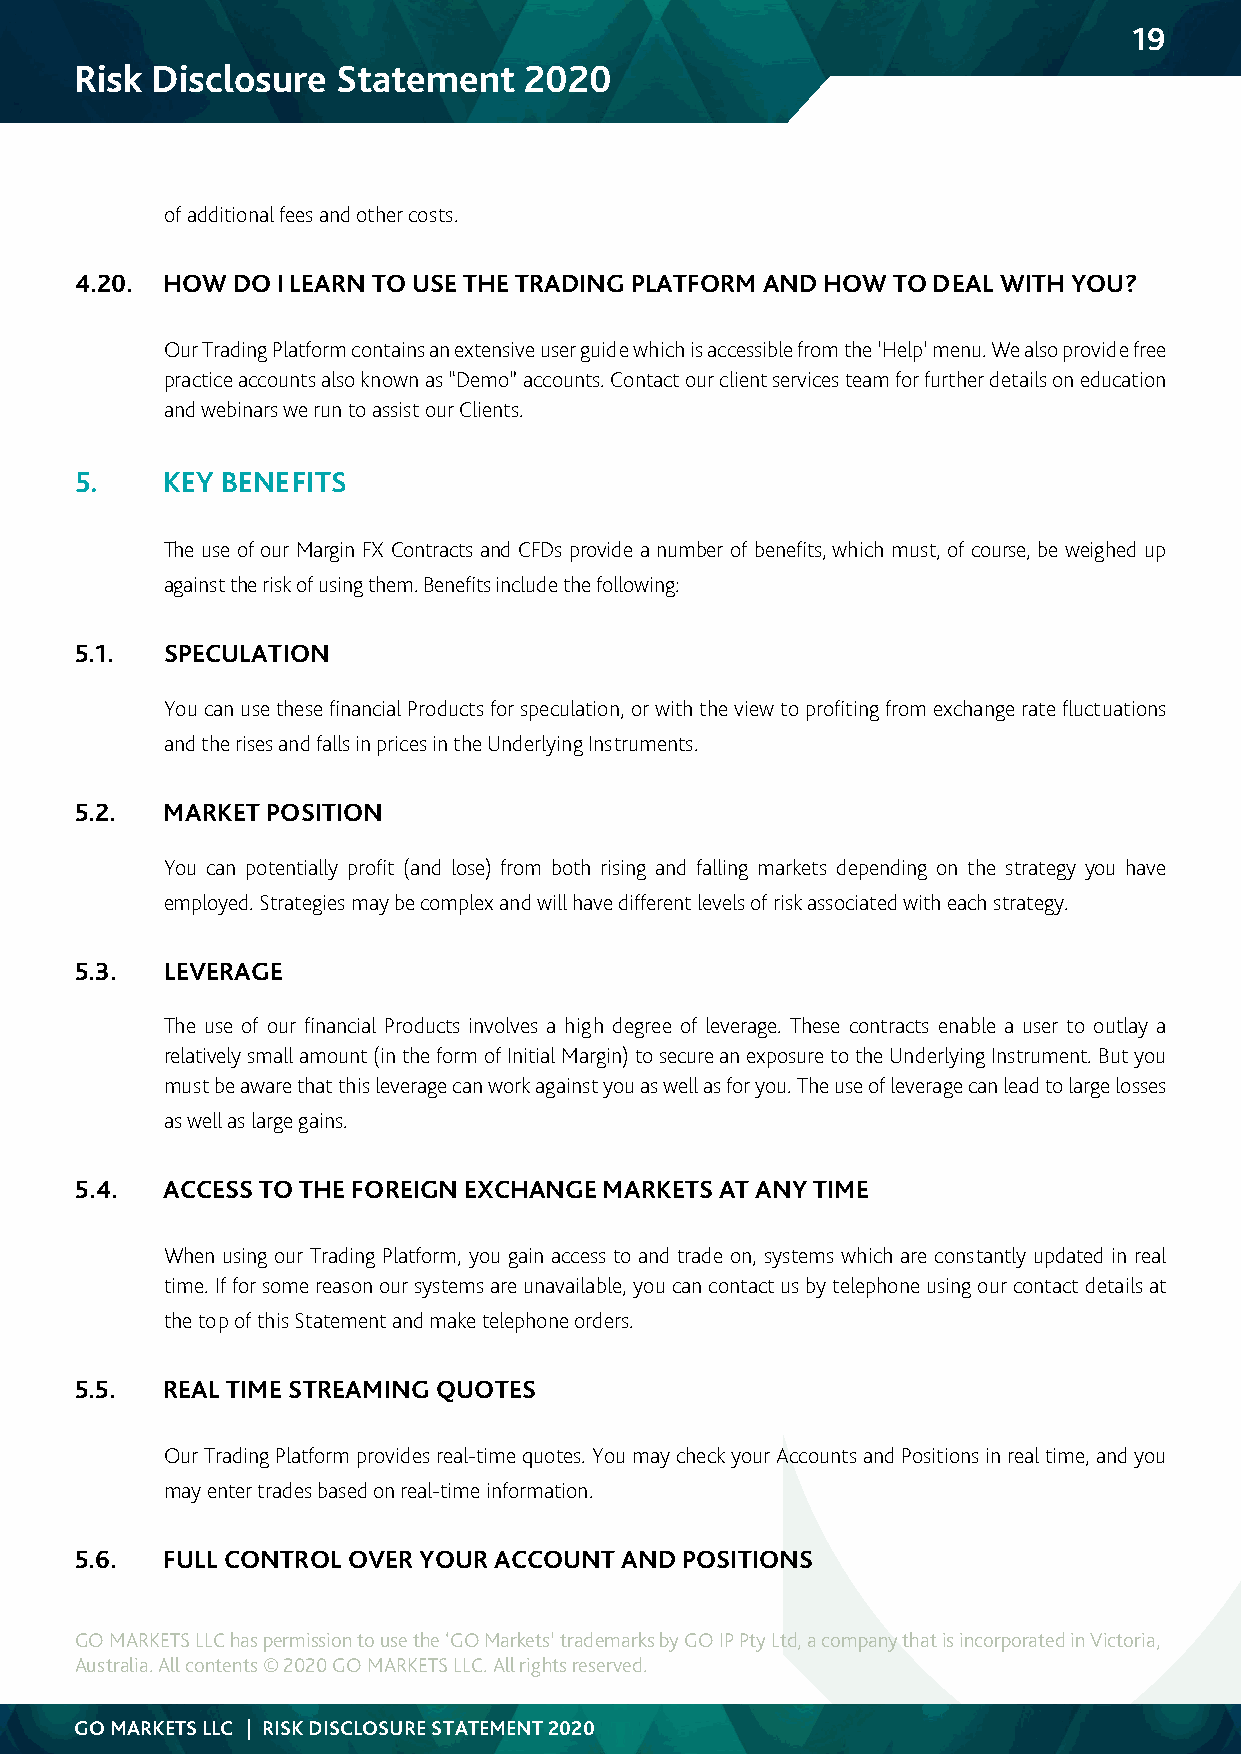
19
 Risk Disclosure  Statement    2020
 of additional fees and other costs.
 4.20. HOW DO I LEARN TO USE THE TRADING PLATFORM AND HOW TO DEAL WITH YOU?
 Our Trading Platform contains an extensive user guide which is accessible from the ‘Help’ menu. We also provide free
 practice accounts also known as “Demo” accounts. Contact our client services team for further details on education
 and webinars we run to assist our Clients.
 5.    KEY BENEFITS
 The use of our Margin FX Contracts and CFDs provide a number of benefits, which must, of course, be weighed up
 against the risk of using them. Benefits include the following:
 5.1.  SPECULATION
 You can use these financial Products for speculation, or with the view to profiting from exchange rate fluctuations
 and the rises and falls in prices in the Underlying Instruments.
 5.2.  MARKET POSITION
 You can potentially profit (and lose) from both rising and falling markets depending on the strategy you have
 employed. Strategies may be complex and will have different levels of risk associated with each strategy.
 5.3.  LEVERAGE
 The use of our financial Products involves a high degree of leverage. These contracts enable a user to outlay a
 relatively small amount (in the form of Initial Margin) to secure an exposure to the Underlying Instrument. But you
 must be aware that this leverage can work against you as well as for you. The use of leverage can lead to large losses
 as well as large gains.
 5.4.  ACCESS TO THE FOREIGN EXCHANGE MARKETS AT ANY TIME
 When using our Trading Platform, you gain access to and trade on, systems which are constantly updated in real
 time. If for some reason our systems are unavailable, you can contact us by telephone using our contact details at
 the top of this Statement and make telephone orders.
 5.5.  REAL TIME STREAMING QUOTES
 Our Trading Platform provides real-time quotes. You may check your Accounts and Positions in real time, and you
 may enter trades based on real-time information.
 5.6.  FULL CONTROL OVER YOUR ACCOUNT AND POSITIONS
 GO MARKETS LLC has permission to use the ‘GO Markets’ trademarks by GO IP Pty Ltd, a company that is incorporated in Victoria,
 Australia. All contents © 2020 GO MARKETS LLC. All rights reserved.
 GO MARKETS LLC | RISK DISCLOSURE STATEMENT 2020